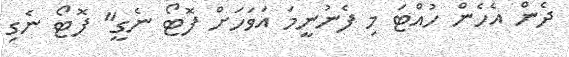
ދެން އެހެން ހުއްޓަ މި ފެނުނީމަ އަވަހަށް ފޮޓޯ ނެގީ" ފޮޓޯ ނެގި